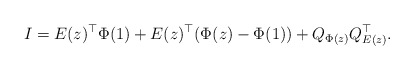
\begin{align*}I = E(z)^\top \Phi(1) + E(z)^\top (\Phi(z) - \Phi(1)) + Q_{\Phi(z)} Q_{E(z)}^\top.\end{align*}